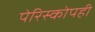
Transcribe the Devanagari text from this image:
पेरिस्कोपही